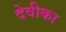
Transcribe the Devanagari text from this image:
देवीका